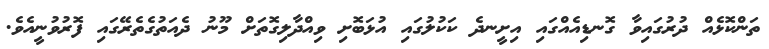
ތަންކޮޅެއް ދުރުގައިވާ ގޮނޑިއެއްގައި އިށީނދެ ކަކުލުގައި އުޅަބޮށި ވިއްދާލިގޮތަށް މޫނު ދެއަތުގެތެރޭގައި ފޮރުވުނީއެވެ.